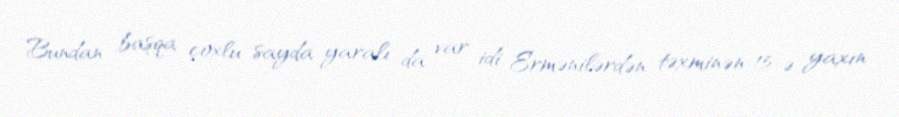
Bundan başqa çoxlu sayda yaralı da var idi. Ermənilərdən təxminən 15-ə yaxın